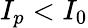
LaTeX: I_{p}<I_{0}